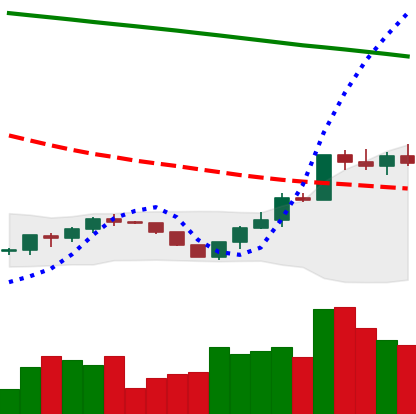
Ticker: ETH-USD
Chart end date: 2022-07-22
Forward return: 6.428%
Label: up_5_7